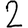
Digit: 2